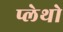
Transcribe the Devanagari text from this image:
प्लेथो